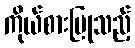
ကိုယ်စားပြုသည့်